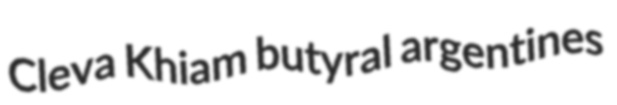
Cleva Khiam butyral argentines